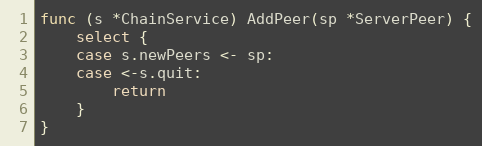
Language: Go
func (s *ChainService) AddPeer(sp *ServerPeer) {
	select {
	case s.newPeers <- sp:
	case <-s.quit:
		return
	}
}